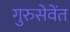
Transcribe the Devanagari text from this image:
गुरुसेवेंत